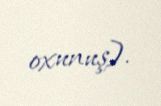
oxunuş).